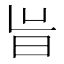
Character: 𭥝